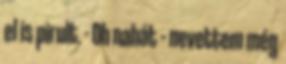
el is pirult. - Oh nahát – nevettem még